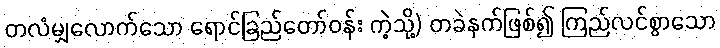
တလံမျှလောက်သော ရောင်ခြည်တော်ဝန်း ကဲ့သို့) တခဲနက်ဖြစ်၍ ကြည်လင်စွာသော